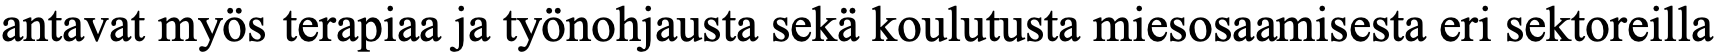
antavat myös terapiaa ja työnohjausta sekä koulutusta miesosaamisesta eri sektoreilla